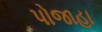
પોજાહા